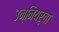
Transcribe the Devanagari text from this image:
उन्नियर्चा